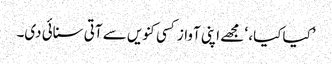
’کیا کیا، ‘ مجھے اپنی آواز کسی کنویں سے آتی سنائی دی۔